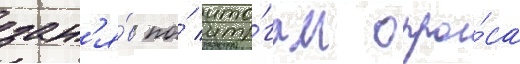
зан'я́в по́ ито́гам опро́са